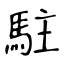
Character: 駐